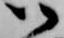
御